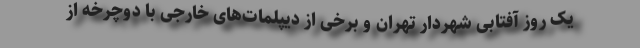
یک روز آفتابی شهردار تهران و برخی از دیپلمات‌های خارجی با دوچرخه از